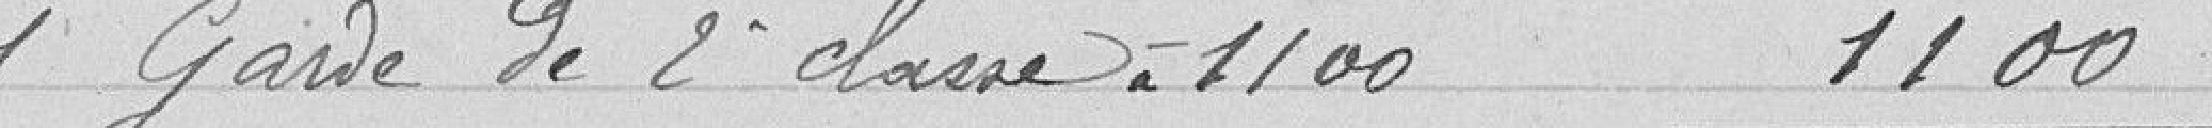
1 garde de 2ème classe à 1100 1100